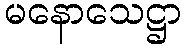
မနောသေဋ္ဌာ